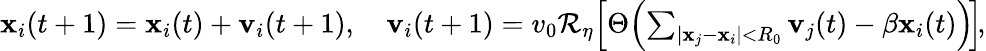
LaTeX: \begin{array}{r}{\mathbf{x}_{i}(t+1)=\mathbf{x}_{i}(t)+\mathbf{v}_{i}(t+1),\quad\mathbf{v}_{i}(t+1)=v_{0}\mathcal{R}_{\eta}\! \left[\Theta\! \left(\sum_{|\mathbf{x}_{j}-\mathbf{x}_{i}|<R_{0}}\mathbf{v}_{j}(t)-\beta\mathbf{x}_{i}(t)\right)\! \right]\! ,}\end{array}